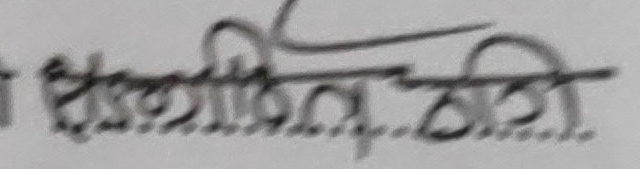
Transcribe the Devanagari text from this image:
सल्लाहकार समिती